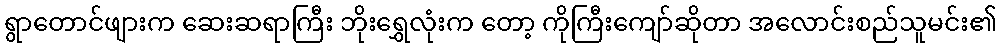
ရွာတောင်ဖျားက ဆေးဆရာကြီး ဘိုးရွှေလုံးက တော့ ကိုကြီးကျော်ဆိုတာ အလောင်းစည်သူမင်း၏